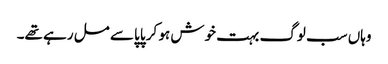
وہاں سب لوگ بہت خوش ہو کر پاپا سے مل رہے تھے۔